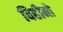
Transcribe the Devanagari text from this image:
विहीनो